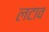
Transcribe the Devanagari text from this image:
लटाव